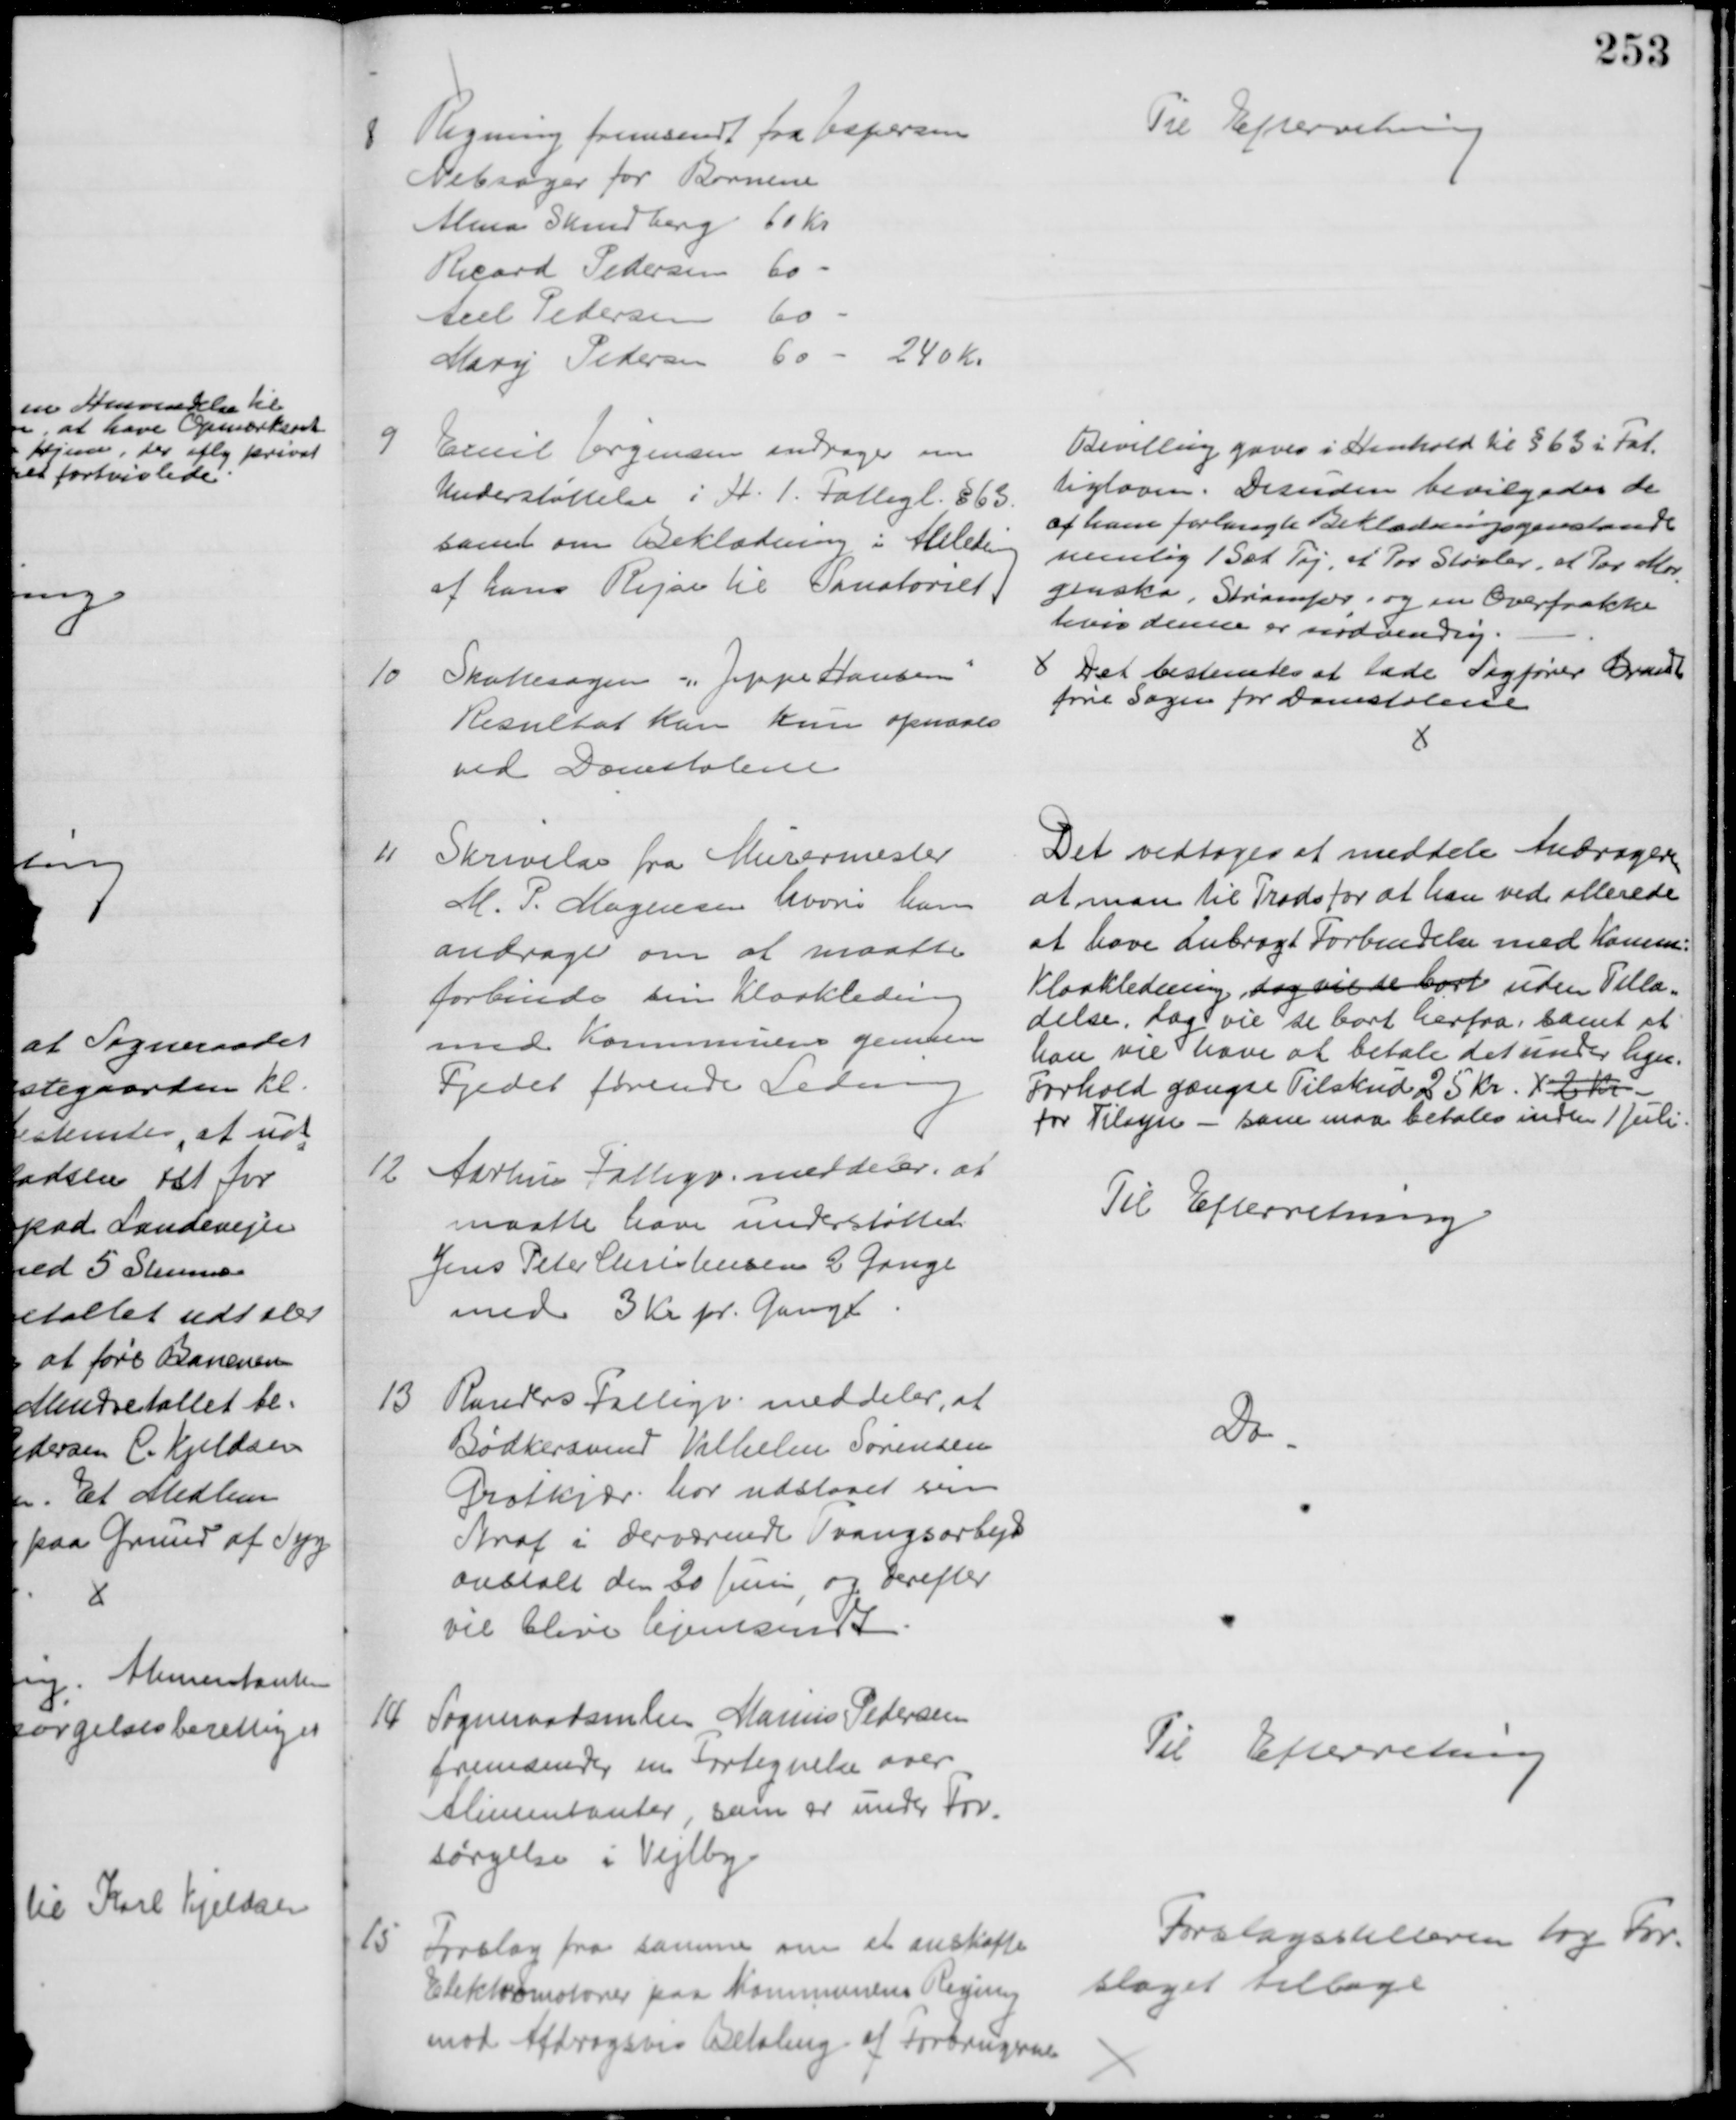
Transskription:
8
Regning fremsendt fra Jespersen
Nebsager for Børnene
Alma Skindberg 60 Kr
Ricard Pedersen 60
Axel Pedersen 60
Mary Pedersen 60 - 240 Kr.
Til Efterretning
9
Emil Jørgensen andrager om
Understøttelse i H. 1. Fattigl. § 63.
samt om Beklædning i Anledning
af hans Rejse til Sanatoriet.
Bevilling gaves i Henhold til § 63 i Fat-
tigloven. Desuden bevilgedes de 
af ham forlangte Beklædningsgenstande
nemlig 1 Sæt Tøj, et Par Støvler, et Par Mor
-
gensko, Strømper, og en Overfrakke
hvis denne er nødvendig.
10
Skattesagen "Jeppe Hansen"
Resultat kan kun opnaaes
ved Domstolene
Det bestemtes at lade Sagfører Brandt
føre Sagen for Domstolene
11
Skrivelse fra Murermester
M. P. Mogensen hvori han
andrager om at maatte
forbinde sin Kloakledning
med Kommunens gennem
Fjedet førende Ledning
Det vedtoges at meddele Andrageren
at man til Trods for at han ved allerede 
at have anbragt Forbindelse med Komm:
Kloakledning, dog vil se bort uden Tilla=
delse, dog vil se bort herfra, samt at 
han vil have at betale det under lign.
Forhold gængse Tilskud 25 Kr. x 2 Kr.
for Tilsyn - som maa betales inden 1 Juli.
12
Aarhus Fattigv. meddeler, at
maatte have understøttet
Jens Peter Christensen 2 Gange
med 3 Kr pr. Gang
Til Efterretning
13
Randers Fattigv. meddeler, at
Bødkersvend Vilhelm Sørensen
Grotkjær har udstaaet sin 
Straf i derværende Tvangsarbejd
anstalt den 20 Juni og derefter
vil blive hjemsendt
Do
14
Sogneraadsmlm Marius Pedersen
fremsender en Fortegnelse over
Alimentanter, som er under For-
sørgelse i Vejlby.
Til Efterretning
15
Forslag fra samme om at anskaffe
Elektromotorer paa Kommunens Regning
mod Afdragsvis Betaling af Forbrugerne
Forslagsstilleren tog For-
slaget tilbage